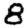
Digit: 8